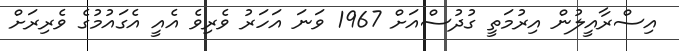
އިސްރާއީލުން އިރުމަތީ ގުދުސްއަށް 1967 ވަނަ އަހަރު ވެރިވެ އެއީ އެގައުމުގެ ވެރިރަށް